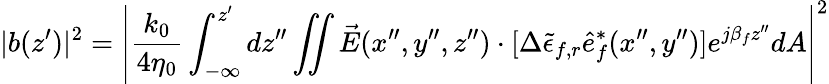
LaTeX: |b(z^{\prime})|^{2}=\left|\frac{k_{0}}{4\eta_{0}}\int_{-\infty}^{z^{\prime}}dz^{\prime\prime}\iint\vec{E}(x^{\prime\prime},y^{\prime\prime},z^{\prime\prime})\cdot[\Delta{\tilde{\epsilon}_{f,r}}\hat{e}_{f}^{*}(x^{\prime\prime},y^{\prime\prime})]e^{j\beta_{f}z^{\prime\prime}}dA\right|^{2}